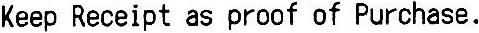
KEEP RECEIPT AS PROOF OF PURCHASE.